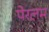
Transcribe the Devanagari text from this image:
पेरलम